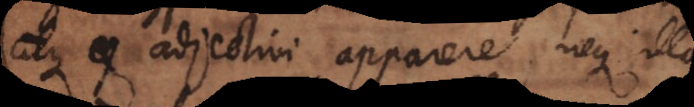
atque adjectivi apparere, neque illa